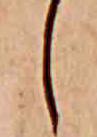
し